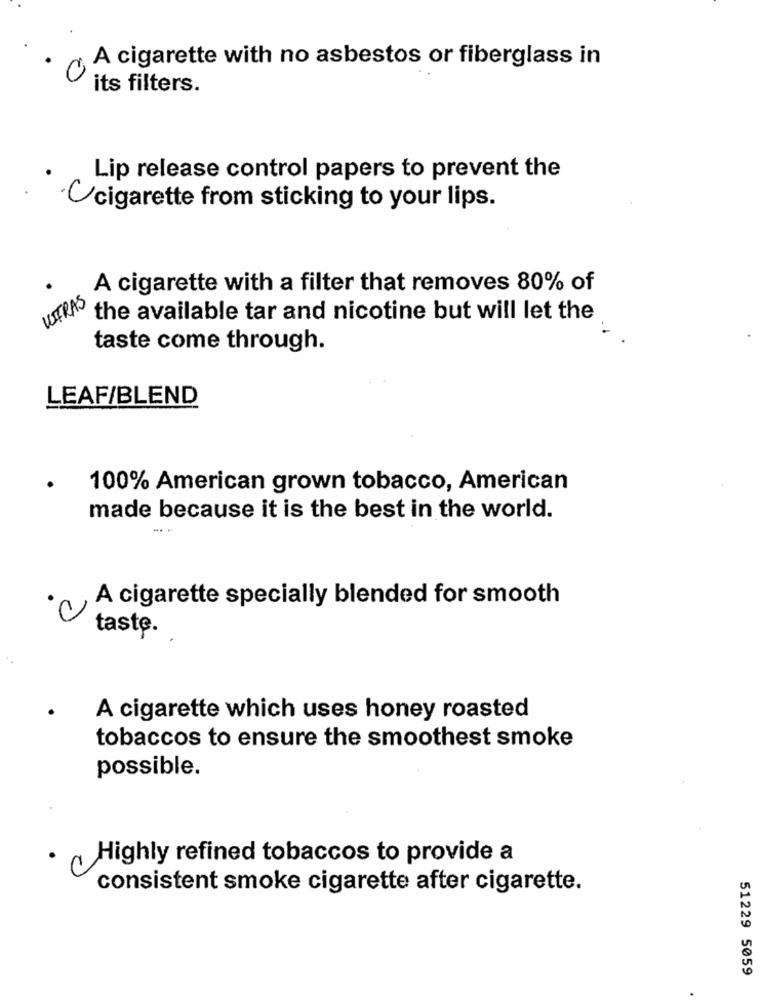
A cigarette with no asbestos or fiberglass in
its filters.
Lip release control papers to prevent the
cigarette from sticking to your lips.
A cigarette with a filter that removes 80% of
UITRAS
the available tar and nicotine but will let the
taste come through.
LEAF/BLEND
100% American grown tobacco, American
made because it is the best in the world.
A cigarette specially blended for smooth
taste.
A cigarette which uses honey roasted
tobaccos to ensure the smoothest smoke
possible.
· a Highly refined tobaccos to provide a
consistent smoke cigarette after cigarette.
51229 5059